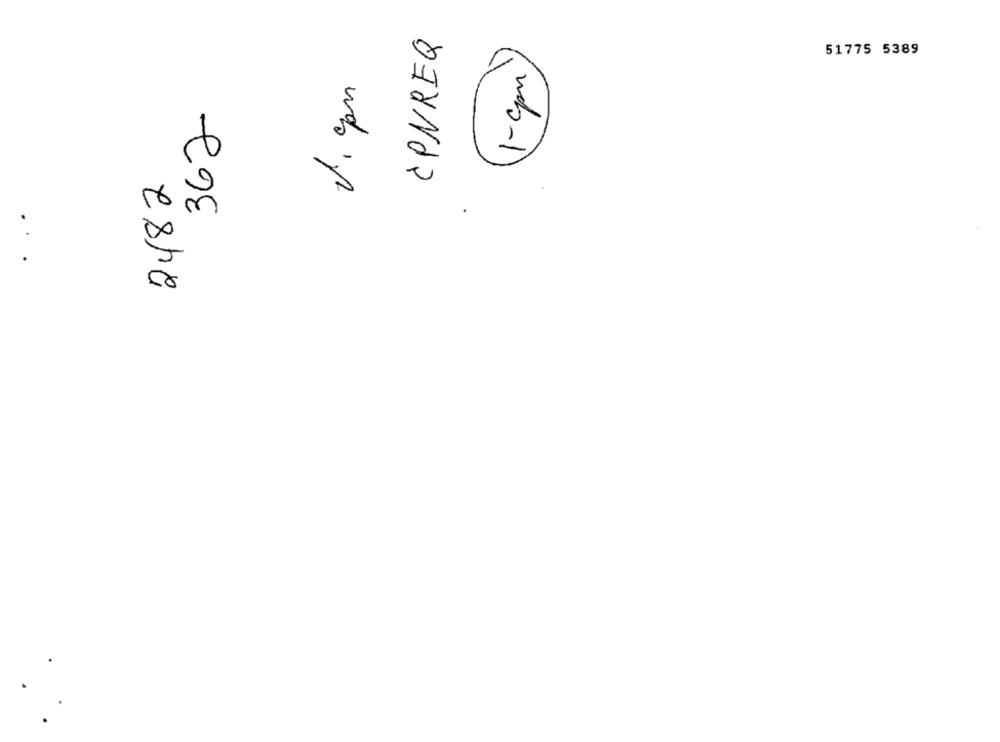
CONREQ
51775 5389
1-cpm
V.com
2482
998